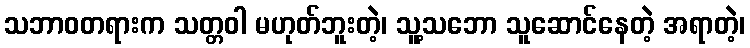
သဘာဝတရားက သတ္တဝါ မဟုတ်ဘူးတဲ့၊ သူ့သဘော သူဆောင်နေတဲ့ အရာတဲ့၊